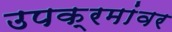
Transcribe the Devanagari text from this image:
उपक्रमांवर